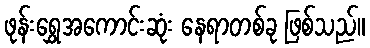
ဖုန်းရွှေအကောင်းဆုံး နေရာတစ်ခု ဖြစ်သည်။